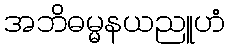
အဘိဓမ္မနယညူဟံ